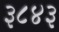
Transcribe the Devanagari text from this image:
३८४३